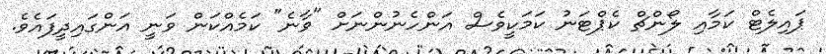
ޕައިލެޓް ކަމާއި ލޯންޗް ކެޕްޓަނު ކަމަކީވެސް އަންހެނުންނަށް "ވާނެ" ކަމެއްކަން ވަނީ އަންގައިދީފައެވެ.